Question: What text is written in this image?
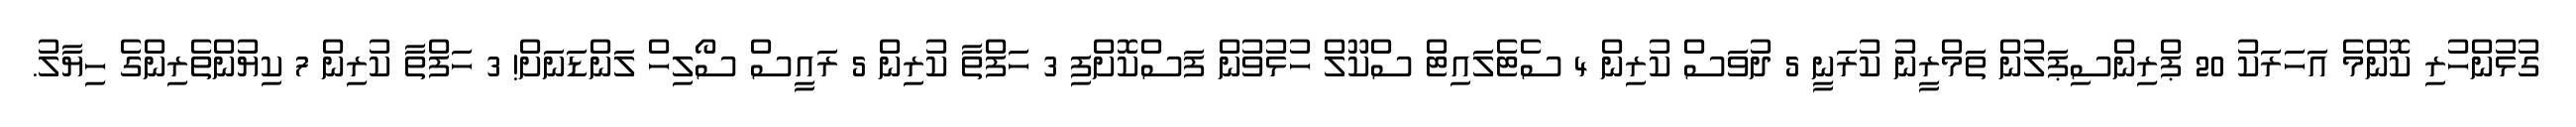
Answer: ގުޅުންހުރި ކޮންމެ އަހަރަކު 20 ޕްރިންސިޕަލުން ތަމްރީނު ކުރަނީ 5 ދުވަސް ކުރިން 4 ސެޓެލައިޓް ސްކޫލް ހުޅުވުން ފަސްކޮށްފި 3 ހަފްތާ ކުރިން 5 ރައީސް ސޯލިހް ލަންޑަނަށް! 3 ހަފްތާ ކުރިން 7 ކިޔުންތެރިންގެ ހިޔާލު.